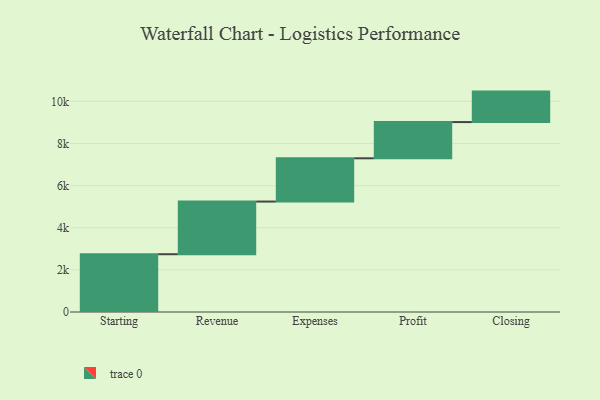
{"axis": {"x": "Step", "y": "Value"}, "legend": [""], "data": [{"x": "Starting", "y": 2744.0, "type": ""}, {"x": "Revenue", "y": 2501.0, "type": ""}, {"x": "Expenses", "y": 2055.0, "type": ""}, {"x": "Profit", "y": 1720.0, "type": ""}, {"x": "Closing", "y": 1447.0, "type": ""}]}